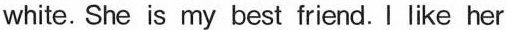
white. She is my best friend.I like her